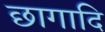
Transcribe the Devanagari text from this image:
छागादि